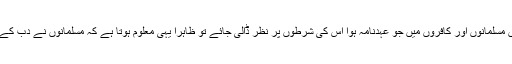
حدیبیہ میں مسلمانوں اور کافروں میں جو عہدنامہ ہوا اس کی شرطوں پر نظر ڈالی جائے تو ظاہراً یہی معلوم ہوتا ہے کہ مسلمانوں نے دب کے صلح کی۔